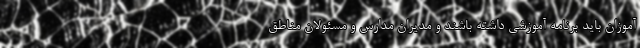
آموزان باید برنامه آموزشی داشته باشند و مدیران مدارس و مسئولان مناطق